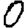
Digit: 0